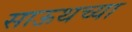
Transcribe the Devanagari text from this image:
साऊथच्या